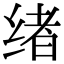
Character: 绪